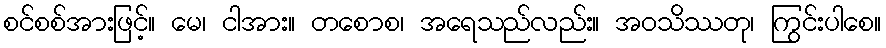
စင်စစ်အားဖြင့်။ မေ၊ ငါအား။ တစောစ၊ အရေသည်လည်း။ အဝသိဿတု၊ ကြွင်းပါစေ။